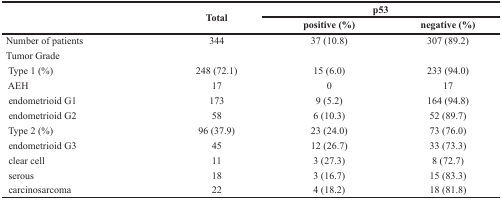
<table><thead><tr><td rowspan="2"></td><td rowspan="2"><b>Total</b></td><td colspan="2"><b>p53</b></td></tr><tr><td><b>positive (%)</b></td><td><b>negative (%)</b></td></tr></thead><tbody><tr><td>Number of patients</td><td>344</td><td>37 (10.8)</td><td>307 (89.2)</td></tr><tr><td>Tumor Grade</td><td></td><td></td><td></td></tr><tr><td> Type 1 (%)</td><td>248 (72.1)</td><td>15 (6.0)</td><td>233 (94.0)</td></tr><tr><td> AEH</td><td>17</td><td>0</td><td>17</td></tr><tr><td> endometrioid G1</td><td>173</td><td>9 (5.2)</td><td>164 (94.8)</td></tr><tr><td> endometrioid G2</td><td>58</td><td>6 (10.3)</td><td>52 (89.7)</td></tr><tr><td> Type 2 (%)</td><td>96 (37.9)</td><td>23 (24.0)</td><td>73 (76.0)</td></tr><tr><td> endometrioid G3</td><td>45</td><td>12 (26.7)</td><td>33 (73.3)</td></tr><tr><td> clear cell</td><td>11</td><td>3 (27.3)</td><td>8 (72.7)</td></tr><tr><td> serous</td><td>18</td><td>3 (16.7)</td><td>15 (83.3)</td></tr><tr><td> carcinosarcoma</td><td>22</td><td>4 (18.2)</td><td>18 (81.8)</td></tr></tbody></table>